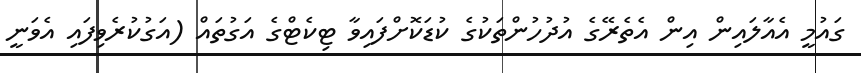
ގައުމީ އެއާލައިން އިން އެތެރޭގެ އުދުހުންތަކުގެ ކުޑަކޮށްފައިވާ ޓިކެޓްގެ އަގުތައް (އަގުކުރެވިފައި އެވަނީ